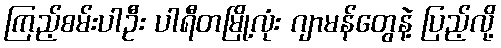
ကြည့်စမ်းပါဦး ပါရီတမြို့လုံး ဂျာမန်တွေနဲ့ ပြည့်လို့